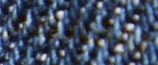
يوقفهم